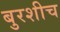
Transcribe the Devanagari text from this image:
बुरशीच